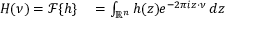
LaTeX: \begin{array} { r l } { H ( \nu ) = { \mathcal { F } } \{ h \} } & { { } = \int _ { \mathbb { R } ^ { n } } h ( z ) e ^ { - 2 \pi i z \cdot \nu } \, d z } \end{array}